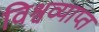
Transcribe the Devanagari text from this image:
विश्वव्याप्त